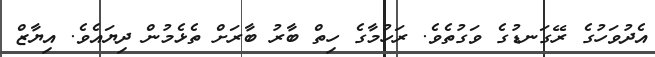
އެދުވަހުގެ ރޭގަނޑުގެ ވަގުތެވެ. ރަހުމާގެ ހިތް ބާރު ބާރަށް ތެޅެމުން ދިޔައެވެ. އިޔާޒް